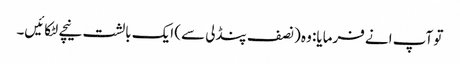
تو آپ انے فرمایا: وہ (نصف پنڈلی سے) ایک بالشت نیچے لٹکائیں۔